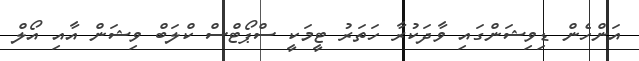
އަންހެން ޑިވިޝަންގައި ވާދަކުރާ ހަތަރު ޓީމަކީ ސްޕޯޓްސް ކްލަބް ވިޝަން އާއި އޯލް